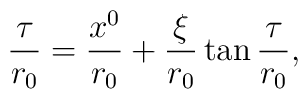
\frac{\tau}{r_{0}}=\frac{x^{0}}{r_{0}}+\frac{\xi}{r_{0}}\tan{\frac{\tau}{r_{0}}},